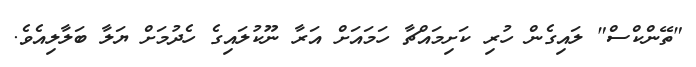
"ތޭންކްސް" ލައިގެން ހުރި ކަށިމައްޗާ ހަމައަށް އަރާ ނޫކުލައިގެ ހެދުމަށް ޔަލާ ބަލާލިއެވެ.